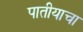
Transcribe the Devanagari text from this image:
पातीयाचा